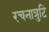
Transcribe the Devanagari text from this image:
रचनात्रुटि